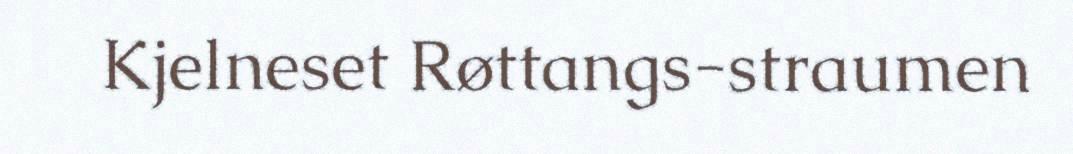
Kjelneset Røttangs-straumen